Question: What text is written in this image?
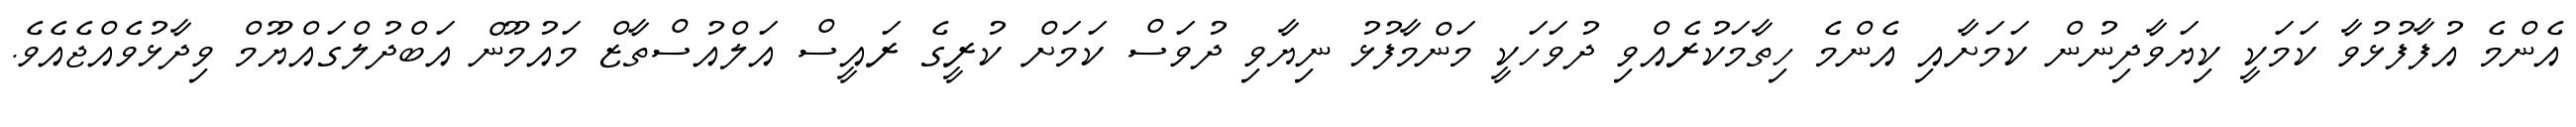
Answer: އެންމެ އުފާފުޅުވާ ކަމަކީ ކިޔަވާދިނުން ކަމަށާއި އެންމެ ހިތާމަކުރެއްވި ދުވަހަކީ މަންމާފުޅު ނިޔާވި ދުވަސް ކަމަށް ކުރީގެ ރައީސް އަލްއުސްތާޒް މައުމޫން އަބްދުލްގައްޔޫމް ވިދާޅުވެއްޖެއެވެ.